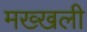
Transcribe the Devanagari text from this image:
मख्खली